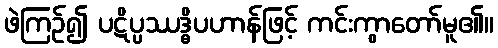
ဖဲကြဉ်၍ ပဋိပ္ပဿဒ္ဓိပဟာန်ဖြင့် ကင်းကွာတော်မူ၏။